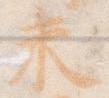
未